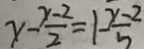
x - \frac { y - 2 } { 2 } = 1 - \frac { x - 2 } { 5 }